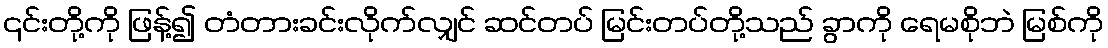
၎င်းတို့ကို ဖြန့်၍ တံတားခင်းလိုက်လျှင် ဆင်တပ် မြင်းတပ်တို့သည် ခွာကို ရေမစိုဘဲ မြစ်ကို